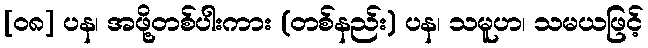
[၀၈] ပန၊ အဖို့တစ်ပါးကား (တစ်နည်း) ပန၊ သမူဟ၊ သမယဖြင့်